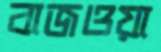
বাজওয়া